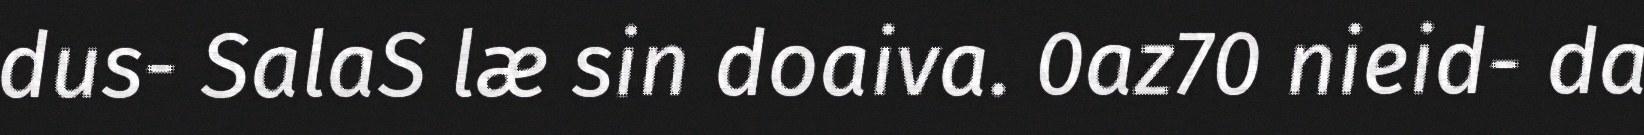
dus- SalaS læ sin doaiva. 0az70 nieid- da